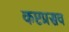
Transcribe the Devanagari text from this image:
कष्टप्रसव